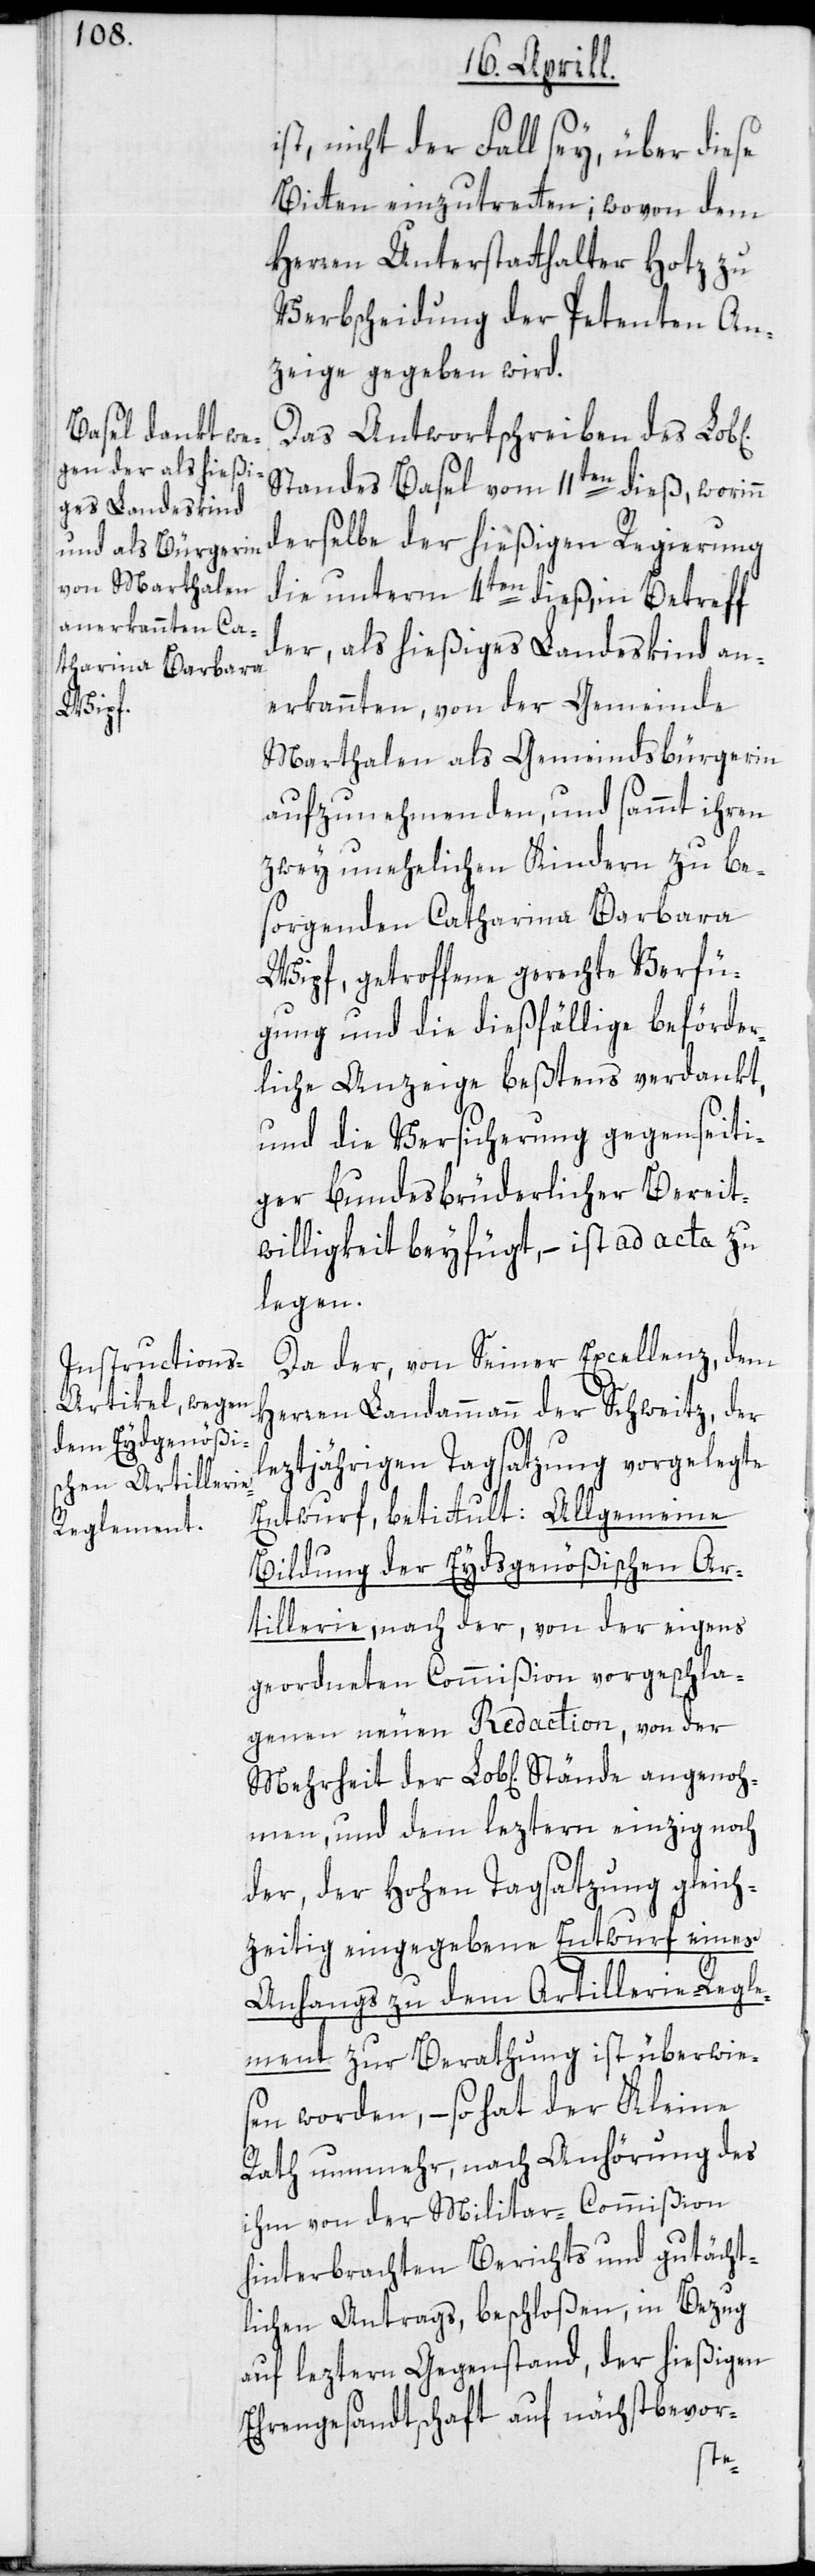
angenoh¬

t, nicht der Fall sey, über diese
Bitten einzutretten; wovon dem
Herren Unterstatthalter Hotz zu
Verbscheidung der Petenten An¬
zeige gegeben wird.
Das Antwortschreiben des Lob[l¬
Standes Basel vom 11ten dieß, worinn
derselbe der hießigen Regierung
die unterm 4ten dieß, in Betreff
der, als hießiges Landeskind an¬
erkannten, von der Gemeinde
Marthalen als Gemeindsbürgerin
aufzunehmenden, und sammt ihren
zwey unehelichen Kindern zu bes¬
orgenden Catharina Barbara
Wipf, getroffene gerechte Verfü¬
gung und die dießfällige beförder¬
liche Anzeige beßtens verdankt,
und die Versicherung gegenseiti¬
ger bundesbrüderlicher Bereit¬
willigkeit beyfügt, – ist ad acta zu
legen.
Da der, von Seiner Excellenz, dem
Herren Landammann der Schweitz, der
leztjährigen Tagsatzung vorgelegte
Entwurf, betittult: Allgemeine
Bildung der Eydsgenößischen Ar¬
tillerie, nach der, von der eigens
geordneten Commißion vorgeschla¬
genen neuen Redaction, von der
men, und dem leztern einzig noch
der, der Hohen Tagsatzung gleich¬
zeitig eingegebene Entwurf eines
Anhangs zu dem Artillerie-Regle¬
ment zur Berathung ist überwie¬
sen worden, – so hat der Kleine
Rath nunmehr, nach Anhörung des
ihm von der Militar-Commißion
hinterbrachten Berichts und gutächt¬
lichen Antrags, beschloßen, in Bezug
auf leztern Gegenstand, der hießigen
Ehrengesandtschaft auf nächstbevor-
der